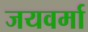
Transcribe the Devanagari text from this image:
जयवर्मा